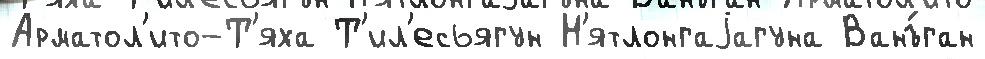
Арматол'ито-Т'яха Т'ил'есьягун Н'ятлонгаjагуна Ванъ́ган